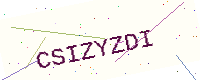
Text: CSIZYZDI